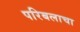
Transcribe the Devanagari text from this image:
परिबलाचा